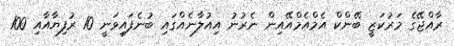
ރާއްޖޭގެ މަރުކަޒީ ބޭންކް އެމްއެމްއޭއިން ނެރުނު އިއުލާނެއްގައި ބުނެފައިވަނީ 10 ރުފިޔާއާއި 100